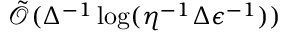
\tilde { \mathcal { O } } ( \Delta ^ { - 1 } \log ( \eta ^ { - 1 } \Delta \epsilon ^ { - 1 } ) )